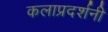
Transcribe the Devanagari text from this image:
कलाप्रदर्शनी